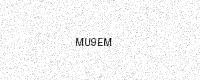
Text: MU9EM